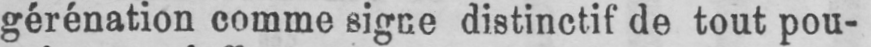
gérénation comme signe distinctif de tout pou-